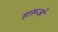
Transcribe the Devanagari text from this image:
हारूओ